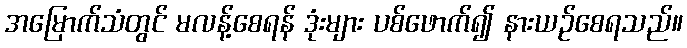
အမြောက်သံတွင် မလန့်စေရန် ဒုံးများ ပစ်ဖောက်၍ နားယဉ်စေရသည်။